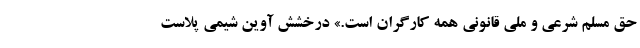
حق مسلم شرعی و ملی قانونی همه کارگران است.» درخشش آوین شیمی پلاست